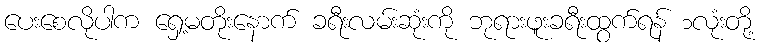
ပေးစေလိုပါက ရှေ့မတိုးနောက် ခရီးလမ်းဆုံးကို ဘုရားဖူးခရီးထွက်ရန် ၁လုံးတို့